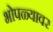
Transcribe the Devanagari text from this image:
भोपळ्यावर